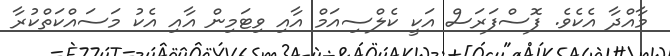
މާއްދާ އެކެވެ. ފޮސްފަރަސް އަކީ ކެލްސިއަމް އާއި ވިޓަމިން އާއި އެކު މަސައްކަތްކުރާ